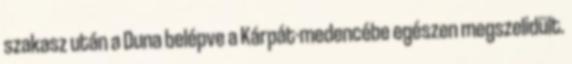
szakasz után a Duna belépve a Kárpát-medencébe egészen megszelidült.